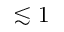
\lesssim 1